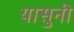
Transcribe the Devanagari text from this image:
यासुनी